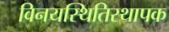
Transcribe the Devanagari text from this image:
विनयस्थितिस्थापक